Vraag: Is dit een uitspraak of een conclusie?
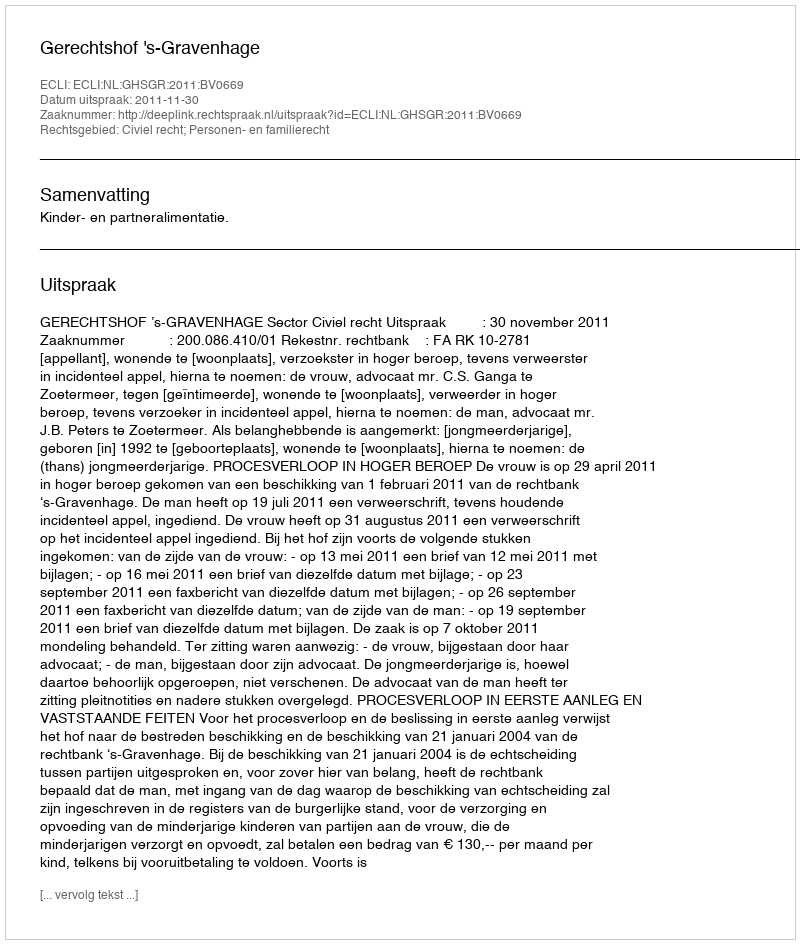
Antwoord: Uitspraak